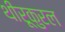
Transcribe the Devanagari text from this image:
थीरूकुरल